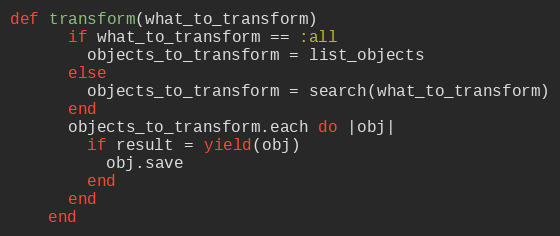
Language: Ruby
def transform(what_to_transform)
      if what_to_transform == :all
        objects_to_transform = list_objects
      else
        objects_to_transform = search(what_to_transform)
      end
      objects_to_transform.each do |obj|
        if result = yield(obj)
          obj.save
        end
      end
    end